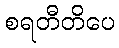
စရတီတိပေ